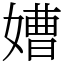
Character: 㜖